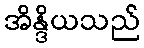
အိန္ဒိယသည်